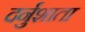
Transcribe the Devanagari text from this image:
दर्नुशाता